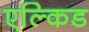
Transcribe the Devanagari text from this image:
एल्किड